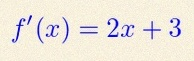
f'(x)=2x+3